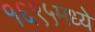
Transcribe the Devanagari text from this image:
१६९५मध्ये